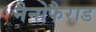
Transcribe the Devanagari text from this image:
नैनोफैराड